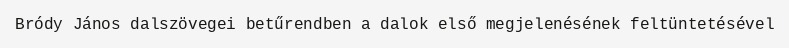
Bródy János dalszövegei betűrendben a dalok első megjelenésének feltüntetésével